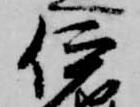
伊